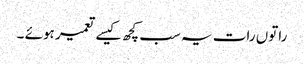
راتوں رات یہ سب کچھ کیسے تعمیر ہوئے ۔